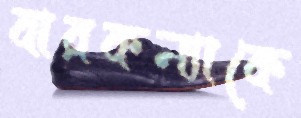
বারকন্যাকে